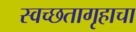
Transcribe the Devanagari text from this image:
स्वच्छतागृहाचा